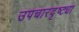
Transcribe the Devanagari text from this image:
उपचारदृष्ट्या